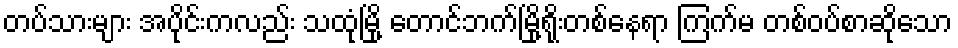
တပ်သားများ အပိုင်းကလည်း သထုံမြို့ တောင်ဘက်မြို့ရိုးတစ်နေရာ ကြက်မ တစ်ဝပ်စာဆိုသော